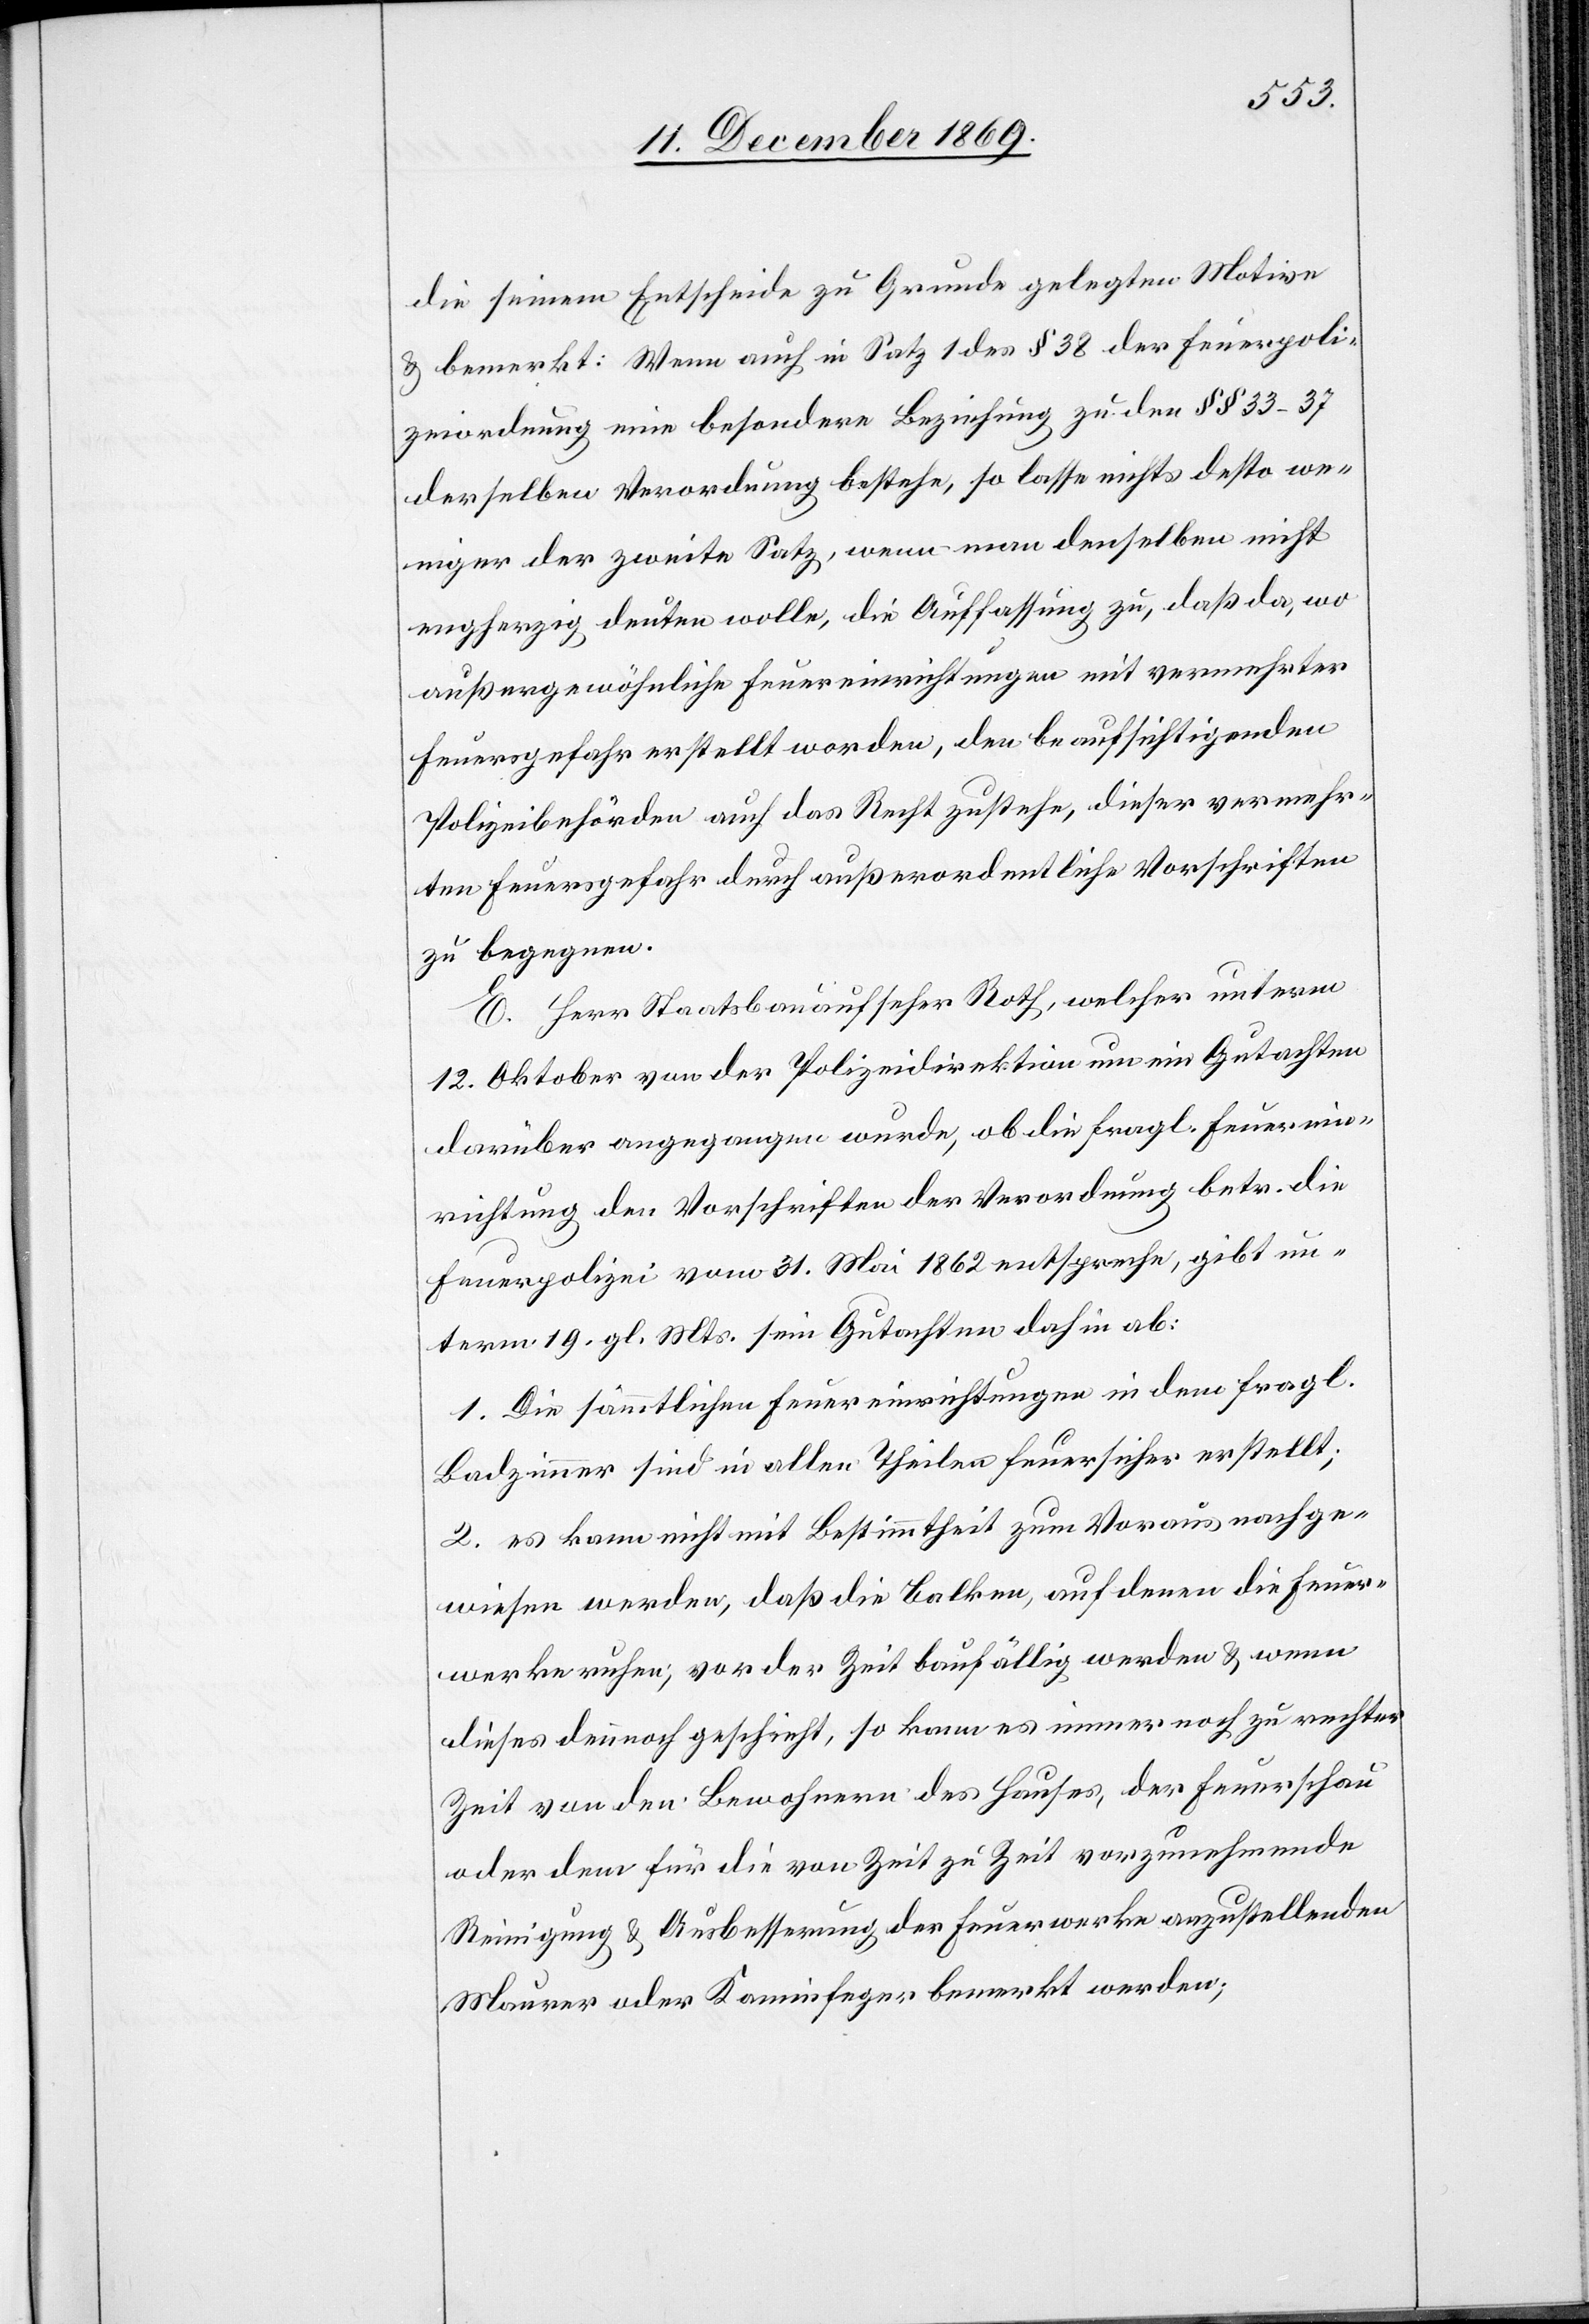
die seinem Entscheide zu Grunde gelegten Motive
& bemerkt: Wenn auch in Satz 1 des § 38 der Feuerpoli¬
zeiordnung eine besondere Beziehung zu den §§ 33–37
derselben Verordnung bestehe, so lasse nichts desto we¬
niger der zweite Satz, wenn man denselben nicht
engherzig deuten wolle, die Auffassung zu, daß da, wo
außergewöhnliche Feuereinrichtungen mit vermehrter
Feuersgefahr erstellt worden, den beaufsichtigenden
Polizeibehörden auch das Recht zustehe, dieser vermehr¬
ten Feuersgefahr durch außerordentliche Vorschriften
zu begegnen.
E. Herr Staatsbauaufseher Roth, welcher unterm
12. Oktober von der Polizeidirektion um ein Gutachten
darüber angegangen wurde, ob die fragl. Feuerein¬
richtung den Vorschriften der Verordnung betr. die
Feuerpolizei vom 31. Mai 1862 entspreche, gibt un¬
term 19. gl. Mts. sein Gutachten dahin ab:
1. Die sämmtlichen Feuereinrichtungen in dem fragl.
Badzimmer sind in allen Theilen feuersicher erstellt;
2. es kann nicht mit Bestimmtheit zum Voraus nachge¬
wiesen werden, daß die Balken, auf denen die Feuer¬
werke ruhen, vor der Zeit baufällig werden & wenn
dieses dennnoch geschieht, so kann es immer noch zu rechter
Zeit von den Bewohnern des Hauses, der Feuerschau
oder dem für die von Zeit zu Zeit vorzunehmende
Reinigung & Ausbesserung der Feuerwerke anzustellenden
Maurer oder Kaminfeger bemerkt werden;